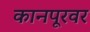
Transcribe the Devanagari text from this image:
कानपूरवर